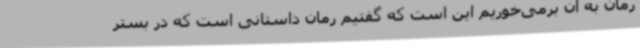
رمان به آن برمی‌خوریم این است که گفتیم رمان داستانی است که در بستر